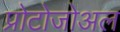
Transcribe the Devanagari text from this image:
प्रोटोजोअल